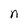
Character: n